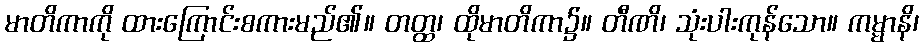
မာတိကာကို ထားကြောင်းစကားမည်၏။ တတ္ထ၊ ထိုမာတိကာ၌။ တီဏိ၊ သုံးပါးကုန်သော။ ကမ္မာနိ၊